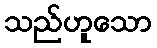
သည်ဟူသော